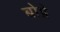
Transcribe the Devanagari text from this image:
बोप्रे